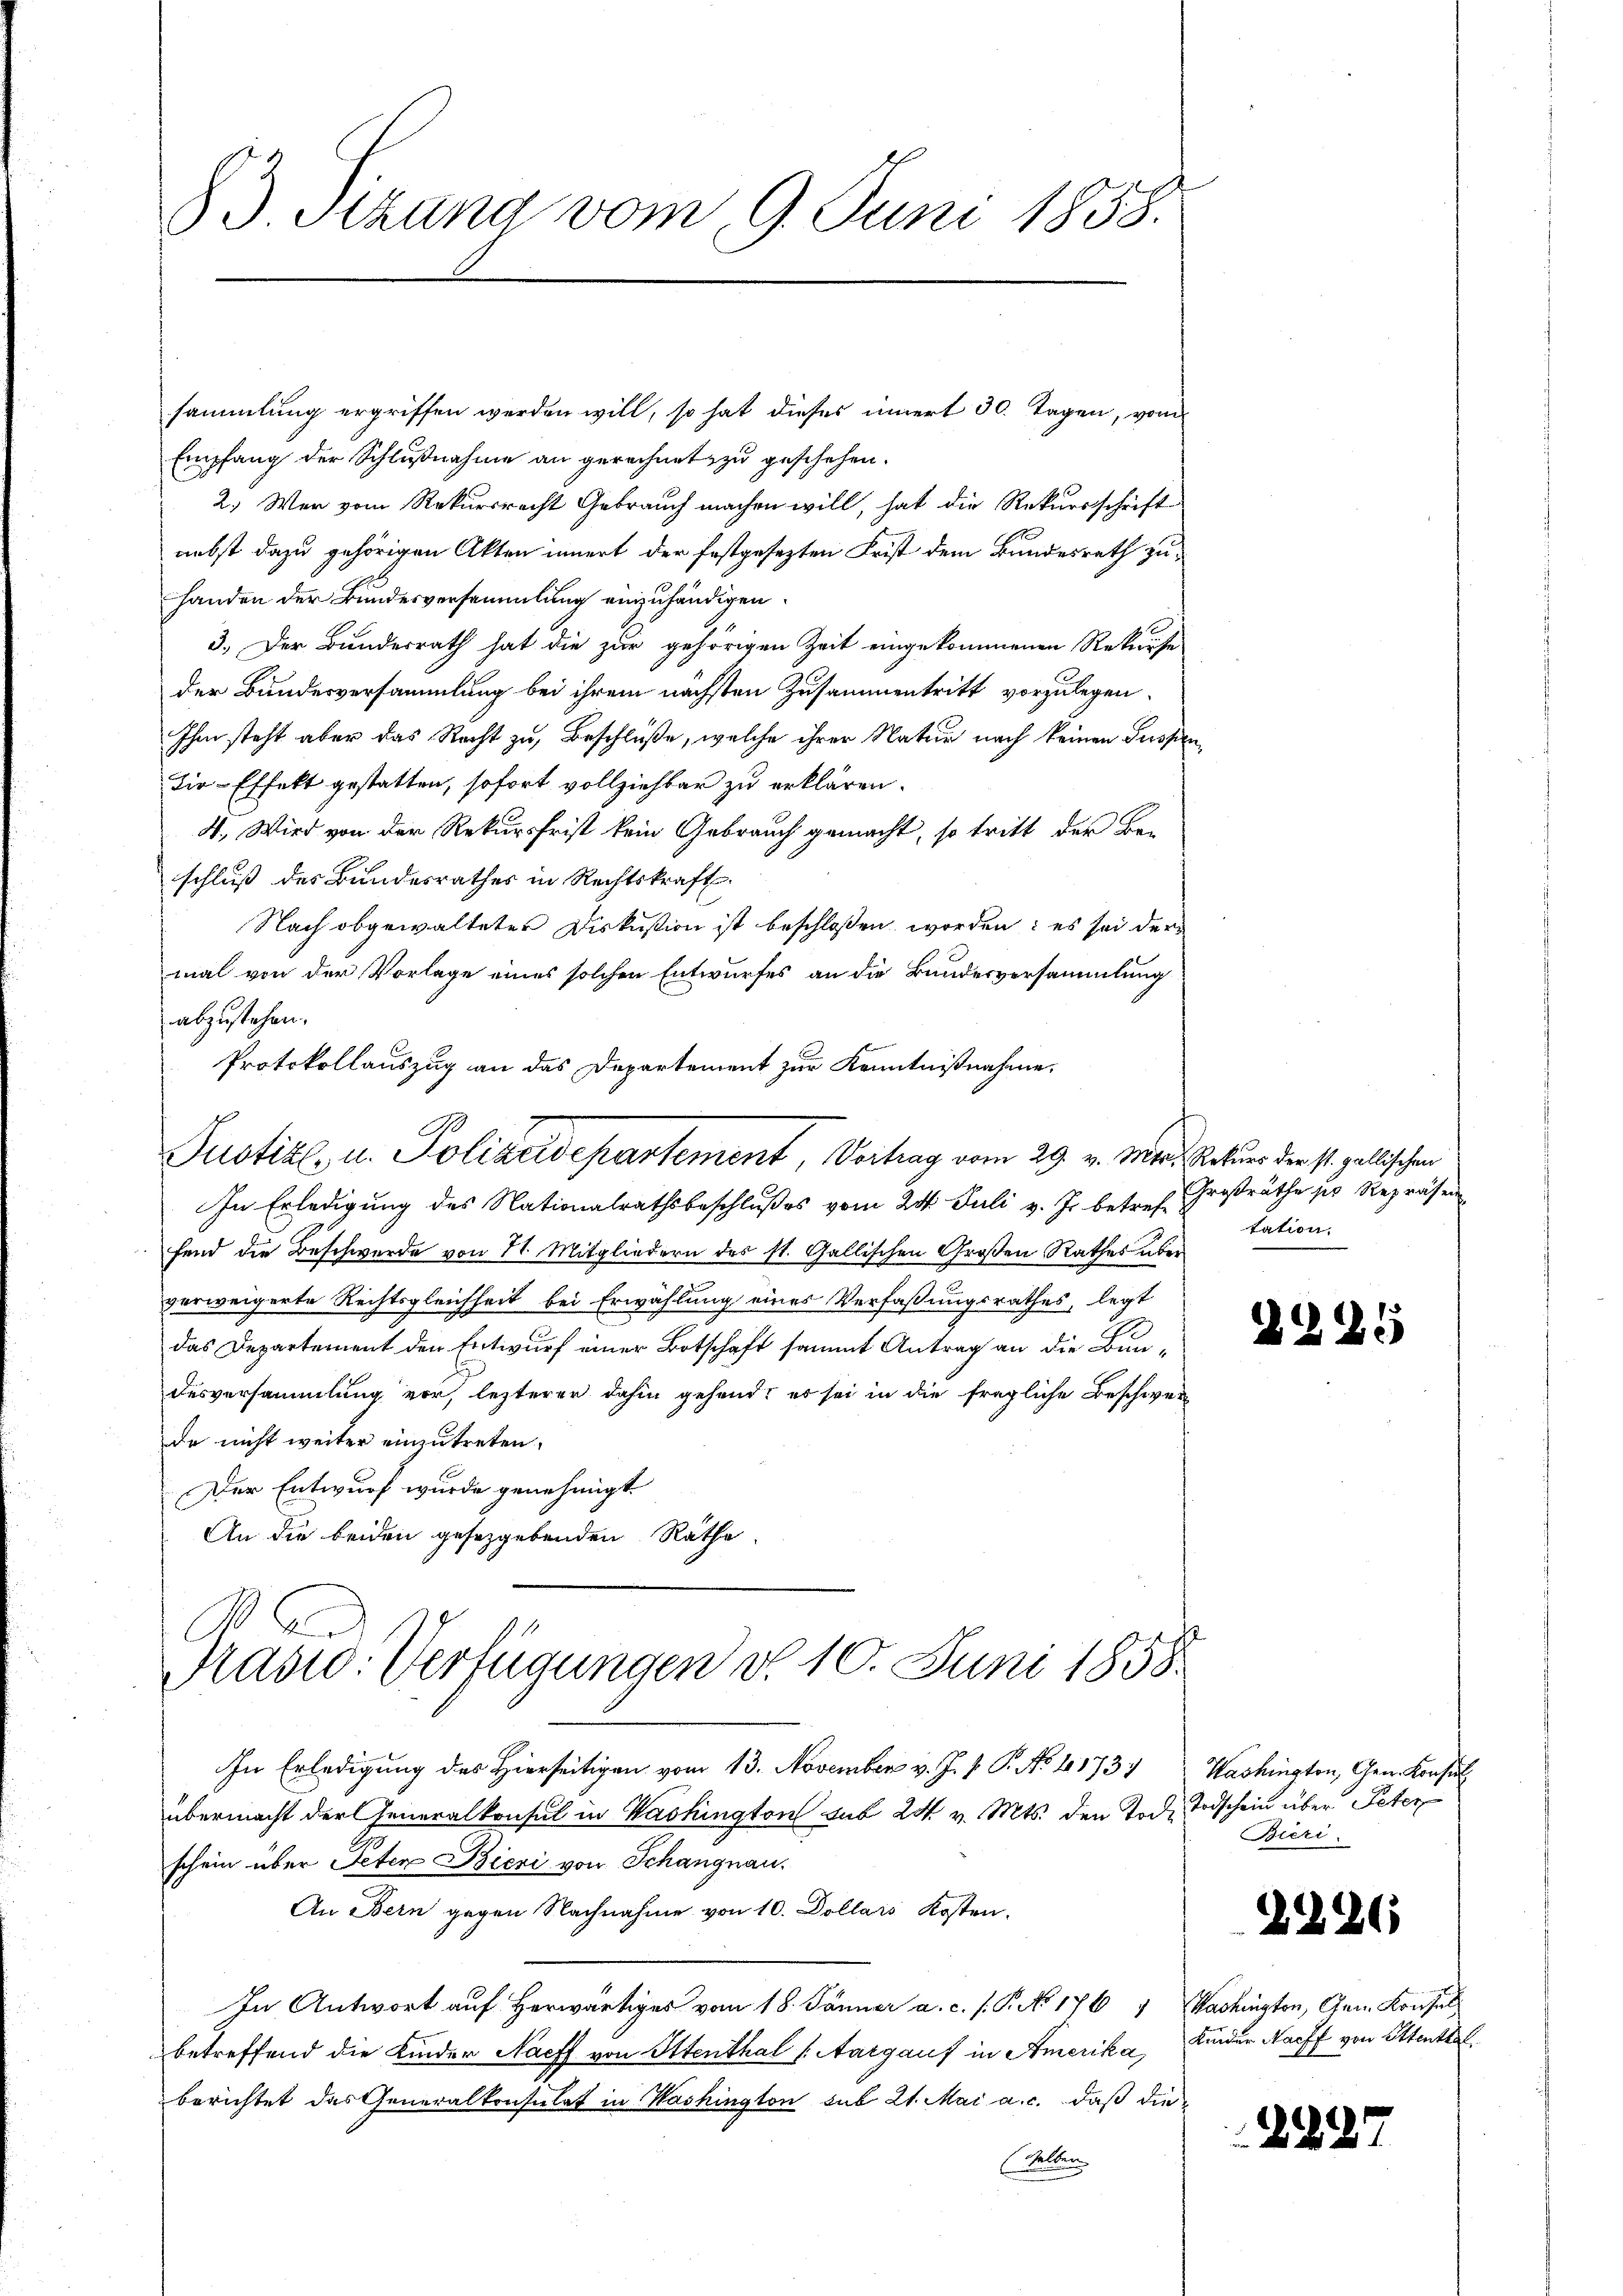
83 Sizana vom 9. Juni 1858.

sammlung ergriffen werden will, so hat dieses innert 30. Tagen, von
Empfang der Schlußnahme an gerechnet zu geschehen.
2.) Wer vom Rekursrecht Gebrauch machen will, hat die Rekursschrift
nebst dazu gehörigen Akten innert der festgesezten Frist dem Bundesrath zu-
handen der Bundesversammlung einzuhändigen.
3.) Der Bundesrath hat die zur gehörigen Zeit eingekommenen Rekurse
der Bundesversammlung bei ihrem nächsten Zusammentritt vorzulegen.
Ihm steht aber das Recht zu Beschlüße, welche ihrer Natur nach keinen Fussen,
Dir-Effekt gestatten, sofort vollziehbar zu erklären.
4., Wird von der Rekursfrist kein Gebrauch gemacht, so tritt der Be-
schluß des Bundesrathes in Rechtskraft.
Nach obgewalteter Diskussion ist beschlossen worden: es sei der
mal von der Vorlage eines solchen Entwurfes an die Bundesversammlung
abzustehen.
Protokollauszug an das Departement zur Kenntnißnahme,

.
Justiz- u. Polizeidepartement, Vortrag vom 29. v. Mts. Rekurs der st. gallischen

In Erledigung des Nationalrathsbeschlußes vom 24. Juli v. Js. betrefefend die Beschwerde von H. Mitgliedern des st. Gallischen Großen Rathes über
verweigerte Rechtsgleichheit bei Erwählung eines Verfaßungsrathes, legt
das Departement den Entwurf einer Botschaft sammt Antrag an die Bundesversammlung vor, lezterer dahin gehend, es sei in die fragliche Beschwerz
de nicht weiter einzutreten.
Der Entwurf wurde genehmigt
An die beiden gesetzgebenden Räthe

Prasio: Verfügungen d. 10. Juni 1858.

In Erledigung des Hierseitigen vom 13. November v. J. V. P. No 10173:
übermacht der Generalkonsul in Washington sub 24 v. Mts. den Tod. Todschein über Peter
schein über Peten Bieri von Schangnau.
An Bern gegen Nachnahme von 10. Dollars Kosten.
In Antwort auf herwärtiges vom 18. Jänner a. c. s. P. No 176 " Washington, Gen. Konsul
betreffend die Kinder Nach von Ottenthal (Aargauf in Amerika,
berichtet das Generalkonsulat in Washington sub 21. Mai a. c. daß die
(Selben

Großräthe der Repräsen
tation.

)

Washington, Gen. Konsul
Bieri

G

.

b

229

2221

26

Kinder Nacht von Ottenthal